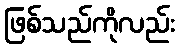
ဖြစ်သည်ကိုလည်း